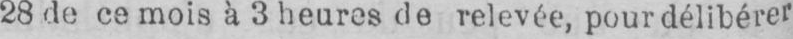
28 de ce mois à 3 heures de relevée, pour délibérer